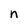
Character: n